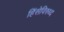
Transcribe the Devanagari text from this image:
हिंसेविरुध्द